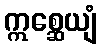
ဣစ္ဆေယျံ